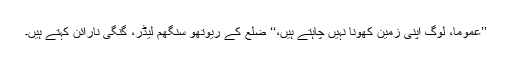
’’عموماً، لوگ اپنی زمین کھونا نہیں چاہتے ہیں،‘‘ ضلع کے رِیوتھو سَنگھم لیڈر، گنگی نارائن کہتے ہیں۔